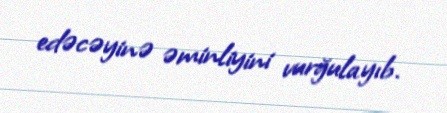
edəcəyinə əminliyini vurğulayıb.